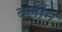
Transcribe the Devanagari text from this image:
बर्लीन